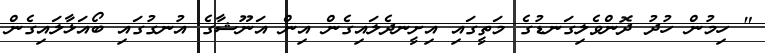
" ހިމުން ހުދު ދޮންވެލިގަނޑުގެ މަތީގައި އިށީނދެލައިގެން އިން އަނޫޝާގެ އުނގުގައި ބޯއަޅާލައިގެން